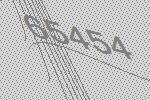
65454